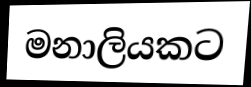
මනාලියකට